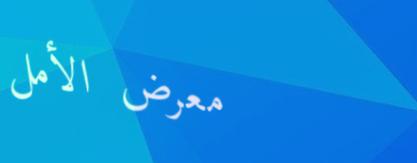
معرض الأمل